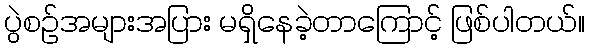
ပွဲစဉ်အများအပြား မရှိနေခဲ့တာကြောင့် ဖြစ်ပါတယ်။